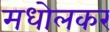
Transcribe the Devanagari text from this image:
मधोलकर